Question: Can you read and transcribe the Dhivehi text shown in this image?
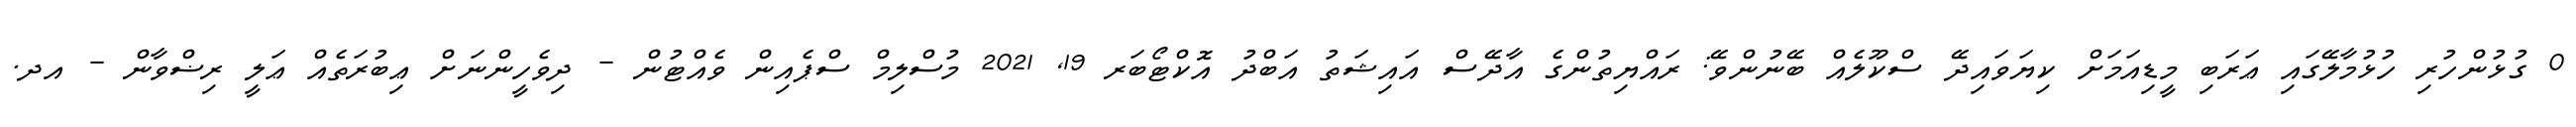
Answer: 0 ގުޅުންހުރި ހުޅުމާލޭގައި ޢަރަބި މީޑިއަމަށް ކިޔަވައިދޭ ސްކޫލެއް ބޭނުންވޭ: ރައްޔިތުންގެ އާދޭސް އައިޝަތު އަބްދު އޮކްޓޯބަރ 19, 2021 މުސްލިމް ސްޕެއިން ވެއްޓުން - ދިވެހީންނަށް ޢިބުރަތެއް ޢަލީ ރިޟްވާން - އދ.